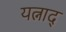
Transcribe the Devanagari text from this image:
यत्नाद्